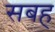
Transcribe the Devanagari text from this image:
सबह